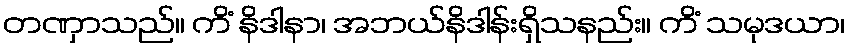
တဏှာသည်။ ကိံ နိဒါနာ၊ အဘယ်နိဒါန်းရှိသနည်း။ ကိံ သမုဒယာ၊